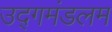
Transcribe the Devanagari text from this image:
उद्गमंडलम